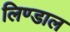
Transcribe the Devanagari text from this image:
लिण्डाल